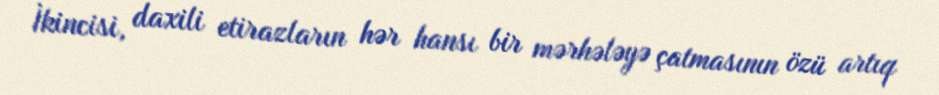
İkincisi, daxili etirazların hər hansı bir mərhələyə çatmasının özü artıq